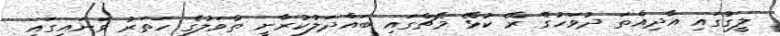
ލީގުގައި އާދިއްތަ ދުވަހުގެ ރޭ ކުޅޭ މެޗްގައި ބައްދަލުކުރާނީ ތާވަލުގެ ހަތަރު ވަނައިގައި